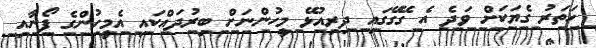
ހަތަރު ގެޔަކަށް ވަދެ އެ ގޭގޭގައި ދިރިއުޅޭ މީހުންނަށް ބިރުދައްކައި އެމީހުންގެ ފޯނާއި